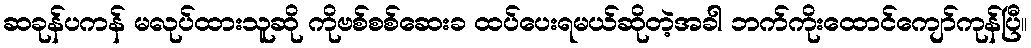
ဆခုန်ပကန် မလုပ်ထားသူဆို ကိုဗစ်စစ်ဆေးခ ထပ်ပေးရမယ်ဆိုတဲ့အခါ ဘက်ကိုးထောင်ကျော်ကုန်ပြီ။